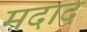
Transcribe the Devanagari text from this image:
मदाद